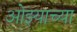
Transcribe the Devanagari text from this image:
ओझ्याच्या